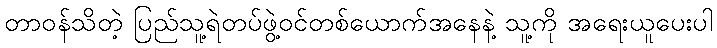
တာဝန်သိတဲ့ ပြည်သူ့ရဲတပ်ဖွဲ့ဝင်တစ်ယောက်အနေနဲ့ သူ့ကို အရေးယူပေးပါ